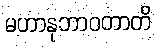
မဟာနုဘာဝတာတိ